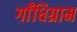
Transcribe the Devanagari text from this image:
गाँधिग्राम